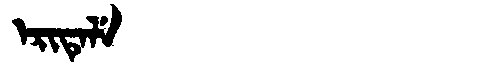
Manchu: ᡝᡵᡳᡨᡝᠯᡝ
Romanization: ERITELE